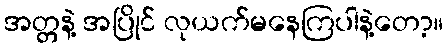
အတ္တနဲ့ အပြိုင် လုယက်မနေကြပါနဲ့တော့။